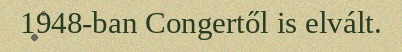
1948-ban Congertől is elvált.